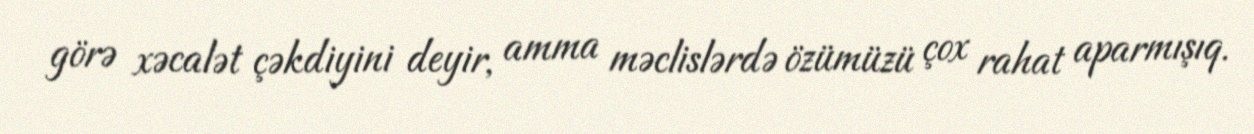
görə xəcalət çəkdiyini deyir, amma məclislərdə özümüzü çox rahat aparmışıq.